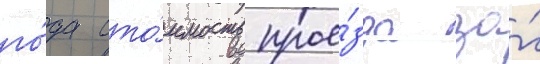
го́да сто́имость прое́зда за́